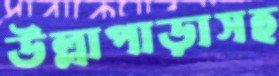
উল্লাপাড়াসহ